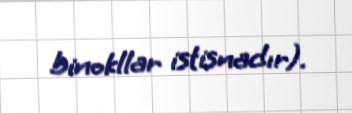
binokllar istisnadır).